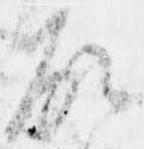
故